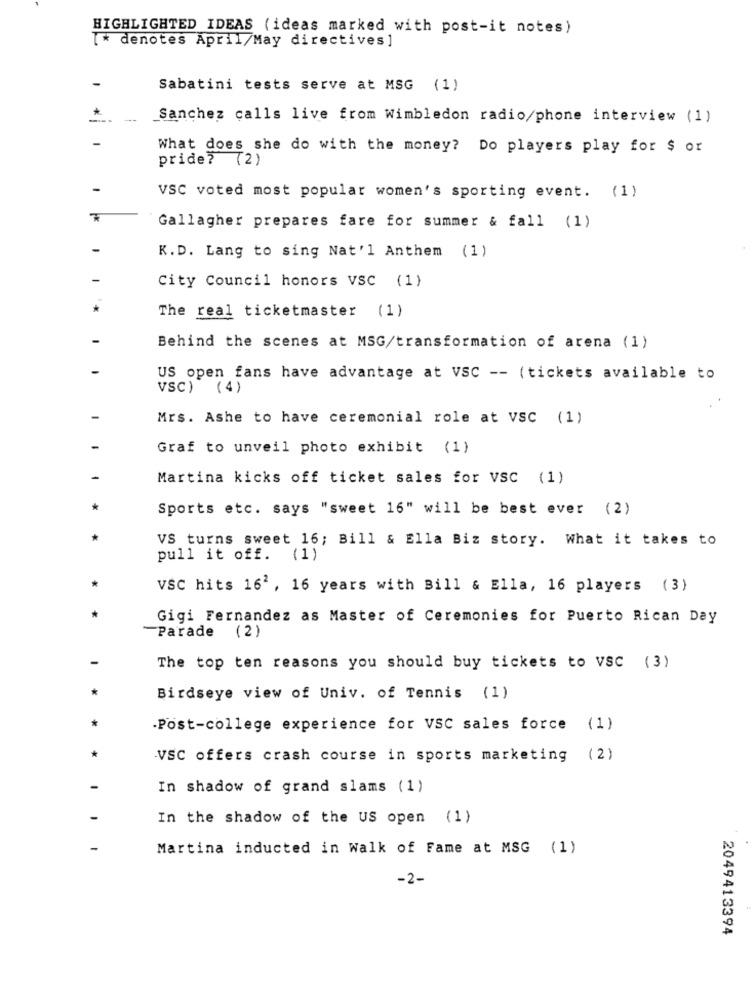
HIGHLIGHTED IDEAS (ideas marked with post-it notes)
[* denotes April/May directives ]
Sabatini tests serve at MSG (1)
Sanchez calls live from Wimbledon radio/phone interview (1)
What does she do with the money? Do players play for $ or
pride? (2)
VSC voted most popular women's sporting event. (1)
Gallagher prepares fare for summer & fall (1)
K.D. Lang to sing Nat'l Anthem (1)
City Council honors VSC (1)
The real ticketmaster (1)
Behind the scenes at MSG/transformation of arena (1)
US open fans have advantage at VSC -- (tickets available to
VSC) (4)
Mrs. Ashe to have ceremonial role at VSC (1)
Graf to unveil photo exhibit (1)
Martina kicks off ticket sales for VSC (1)
Sports etc. says "sweet 16" will be best ever (2)
VS turns sweet 16; Bill & Ella Biz story. What it takes to
pull it off. (1)
VSC hits 162 , 16 years with Bill & Ella, 16 players (3)
Gigi Fernandez as Master of Ceremonies for Puerto Rican Day
Parade (2)
The top ten reasons you should buy tickets to VSC (3)
Birdseye view of Univ. of Tennis (1)
Post-college experience for VSC sales force (1)
VSC offers crash course in sports marketing (2)
In shadow of grand slams (1)
In the shadow of the US open (1)
Martina inducted in Walk of Fame at MSG (1)
-2-
2049413394